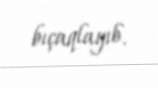
bıçaqlayıb.